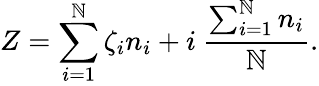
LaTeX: Z=\sum_{i=1}^{\mathbb{N}}\zeta_{i}n_{i}+i\: \frac{{\sum_{i=1}^{\mathbb{N}}n_{i}}}{{\mathbb{N}}}.